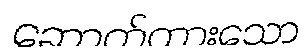
ဆောက်ထားသော